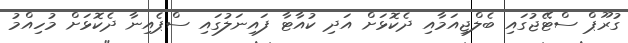
ގުރޫޕް ސްޓޭޖުގައި ބެލްޖިއަމާއި ދެކޮޅަށް އަދި ކުއާޓާ ފައިނަލުގައި ސްޕެއިނާ ދެކޮޅަށް މުހިއްމު